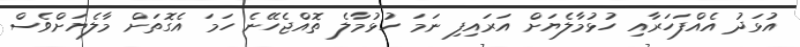
އުޅަދު އެއްފަހަރާއި ހުޅުމާލެޔަށް އަރައިފި ނަމަ ހުޅުމާލެ ތޮއްޖެހޭނެ ހަމަ އެގޮތަށް މާލެޔަށްވެސް